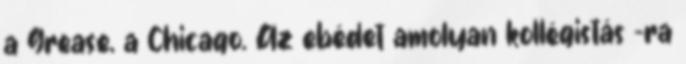
a Grease, a Chicago. Az ebédet amolyan kollégistás -ra